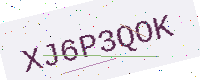
Text: XJ6P3QOK